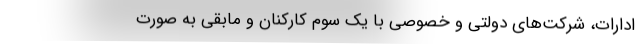
ادارات، شرکت‌های دولتی و خصوصی با یک ‌سوم کارکنان و مابقی به صورت